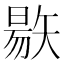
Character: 𥏬